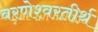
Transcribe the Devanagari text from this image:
वरणेश्वरतीर्थ